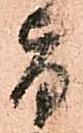
旨